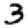
Digit: 3